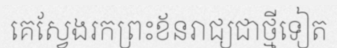
គេស្វែងរកព្រះខ័នរាជ្យជាថ្មីទៀត